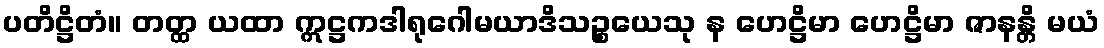
ပတိဋ္ဌိတံ။ တတ္ထ ယထာ ဣဋ္ဌကဒါရုဂေါမယာဒိသဉ္စယေသု န ဟေဋ္ဌိမာ ဟေဋ္ဌိမာ ဇာနန္တိ မယံ